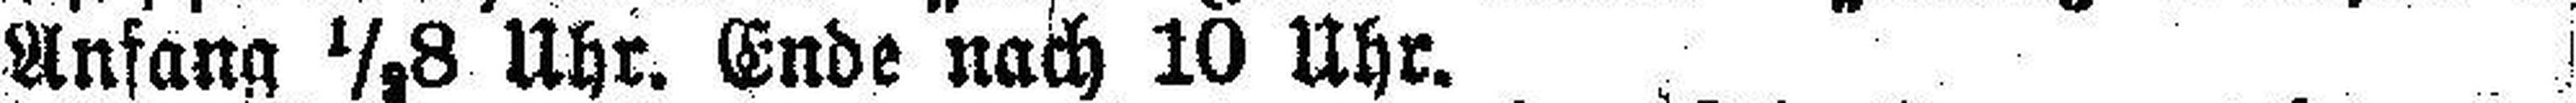
Anfang ½8 Uhr. Ende nach 10 Uhr.